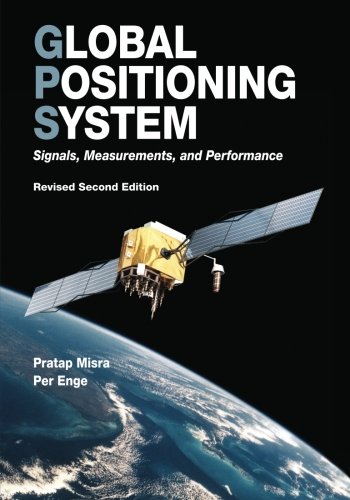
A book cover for Global Positioning System: Signals, Measurements, and Performance (Revised Second Edition); Pratap Misra; Engineering & Transportation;